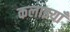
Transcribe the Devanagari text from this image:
कलाइयाँ